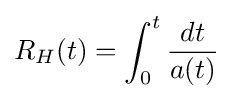
R_{H}(t)=\int _{0}^{t}{\frac {dt}{a(t)}}